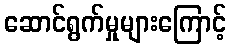
ဆောင်ရွက်မှုများကြောင့်